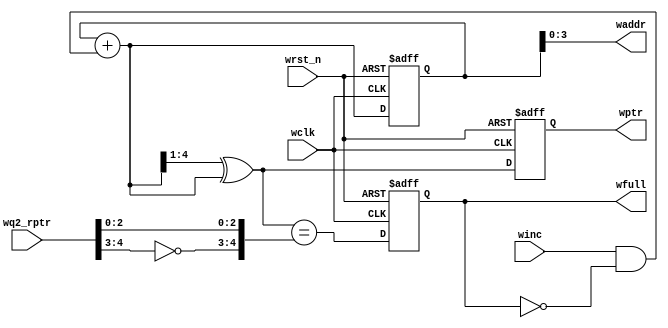
`timescale 1ns / 1ps
//////////////////////////////////////////////////////////////////////////////////
// Company: 
// Engineer: 
// 
// Design Name: 
// Module Name:    wptr_full 
// Project Name: 
// Target Devices: 
// Tool versions: 
// Description: 
//
// Dependencies: 
//
// Revision: 
// Revision 0.01 - File Created
// Additional Comments: 
//
//////////////////////////////////////////////////////////////////////////////////
module wptr_full 
	#(
		parameter ADDRSIZE = 4
	)
	(
		output reg wfull,
		output [ADDRSIZE-1:0] waddr,
		output reg [ADDRSIZE :0] wptr,
		input [ADDRSIZE :0] wq2_rptr,
		input winc, wclk, wrst_n
	);
	
	reg [ADDRSIZE:0] wbin;
	
	wire [ADDRSIZE:0] wgraynext, wbinnext;
	
	// GRAYSTYLE2 pointer
	always @(posedge wclk or negedge wrst_n)
		if (!wrst_n) {wbin, wptr} <= 0;
		else {wbin, wptr} <= {wbinnext, wgraynext};
	
	// Memory write-address pointer (okay to use binary to address memory)
	assign waddr = wbin[ADDRSIZE-1:0];
	assign wbinnext = wbin + (winc & ~wfull);
	assign wgraynext = (wbinnext>>1) ^ wbinnext;
	//------------------------------------------------------------------
	// Simplified version of the three necessary full-tests:
	// assign wfull_val=((wgnext[ADDRSIZE] !=wq2_rptr[ADDRSIZE] ) &&
	// (wgnext[ADDRSIZE-1] !=wq2_rptr[ADDRSIZE-1]) &&
	// (wgnext[ADDRSIZE-2:0]==wq2_rptr[ADDRSIZE-2:0]));
	//------------------------------------------------------------------
	assign wfull_val = (wgraynext=={~wq2_rptr[ADDRSIZE:ADDRSIZE-1],wq2_rptr[ADDRSIZE-2:0]});
	always @(posedge wclk or negedge wrst_n)
		if (!wrst_n) wfull <= 1'b0;
		else wfull <= wfull_val;

endmodule